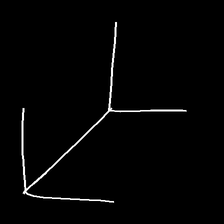
Glyph: gather